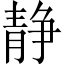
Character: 静